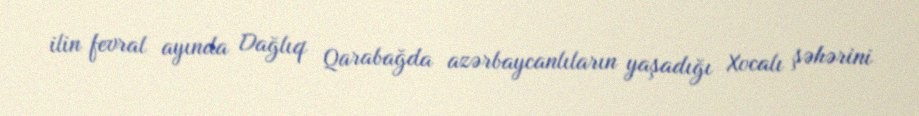
ilin fevral ayında Dağlıq Qarabağda azərbaycanlıların yaşadığı Xocalı şəhərini